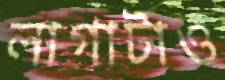
লাগাটাও